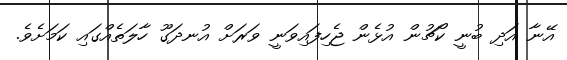
އޭނާ އަދި ބުނީ ކޯޗުން އުޅެން ޖެހިފައިވަނީ ވަރަށް އުނދަގޫ ހާލަތެއްގައި ކަމަށެވެ.